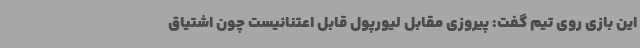
این بازی روی تیم گفت: پیروزی مقابل لیورپول قابل اعتنانیست چون اشتیاق